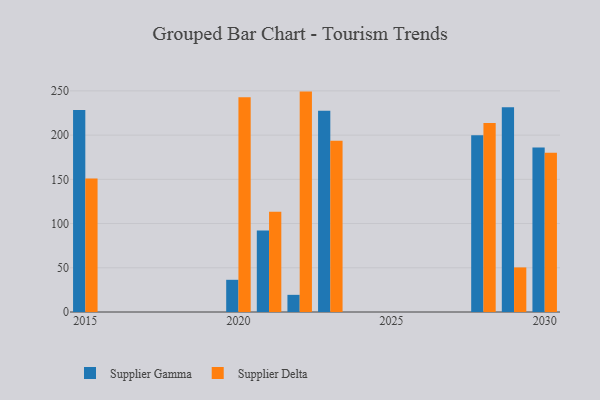
{"axis": {"x": "Year", "y": "Demand Index"}, "legend": ["Supplier Delta", "Supplier Gamma"], "data": [{"x": "2029", "y": 231.4, "type": "Supplier Gamma"}, {"x": "2029", "y": 50.4, "type": "Supplier Delta"}, {"x": "2015", "y": 228.5, "type": "Supplier Gamma"}, {"x": "2015", "y": 151.0, "type": "Supplier Delta"}, {"x": "2021", "y": 92.2, "type": "Supplier Gamma"}, {"x": "2021", "y": 113.4, "type": "Supplier Delta"}, {"x": "2020", "y": 36.4, "type": "Supplier Gamma"}, {"x": "2020", "y": 242.8, "type": "Supplier Delta"}, {"x": "2022", "y": 19.4, "type": "Supplier Gamma"}, {"x": "2022", "y": 249.2, "type": "Supplier Delta"}, {"x": "2023", "y": 227.6, "type": "Supplier Gamma"}, {"x": "2023", "y": 193.5, "type": "Supplier Delta"}, {"x": "2028", "y": 199.9, "type": "Supplier Gamma"}, {"x": "2028", "y": 213.6, "type": "Supplier Delta"}, {"x": "2030", "y": 186.0, "type": "Supplier Gamma"}, {"x": "2030", "y": 180.2, "type": "Supplier Delta"}]}